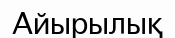
Айырылық